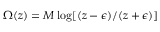
\Omega ( z ) = M \log [ ( z - \epsilon ) / ( z + \epsilon ) ]